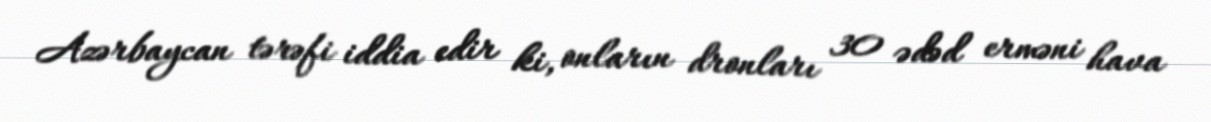
Azərbaycan tərəfi iddia edir ki, onların dronları 30 ədəd erməni hava